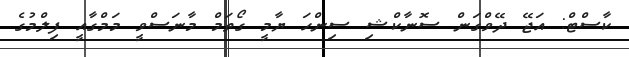
ކާސްޓް: އަޖޭ ދޭވްގަން ސޮނާކްޝި ސިންހަ ޔާމީ ގޯތަމް މާނަސްވީ މަމްގާއީ ފިލްމުގެ